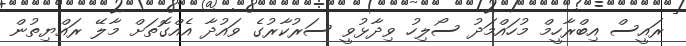
ރައީސް އިބްރާހީމް މުހައްމަދު ސޯލިހު ވިދާޅުވީ ސަރުކާރުގެ ވައުދާ އެއްގޮތަށް މާލޭ ރައްޔިތުން